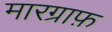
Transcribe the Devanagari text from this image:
मारग्राफ़